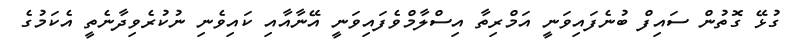
ގުޅޭ ގޮތުން ސައިފް ބުނެފައިވަނީ އަމްރިތާ އިސްލާމްވެފައިވަނީ އޭނާއާއި ކައިވެނި ނުކުރެވިދާނެތީ އެކަމުގެ